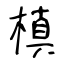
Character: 槙